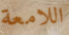
اللامعة